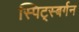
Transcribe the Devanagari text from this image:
स्पिट्स्बर्गन